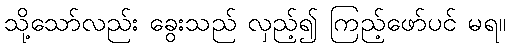
သို့သော်လည်း ခွေးသည် လှည့်၍ ကြည့်ဖော်ပင် မရ။